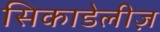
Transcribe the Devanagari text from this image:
सिकाडेलीज़